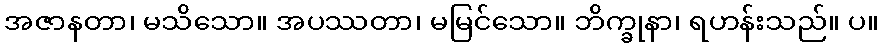
အဇာနတာ၊ မသိသော။ အပဿတာ၊ မမြင်သော။ ဘိက္ခုနာ၊ ရဟန်းသည်။ ပ။